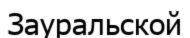
Зауральской